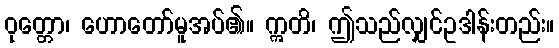
ဝုတ္တော၊ ဟောတော်မူအပ်၏။ ဣတိ၊ ဤသည်လျှင်ဥဒါန်းတည်း။